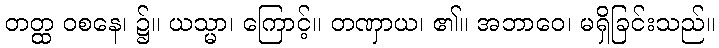
တတ္ထ ဝစနေ၊ ၌။ ယသ္မာ၊ ကြောင့်။ တဏှာယ၊ ၏။ အဘာဝေ၊ မရှိခြင်းသည်။